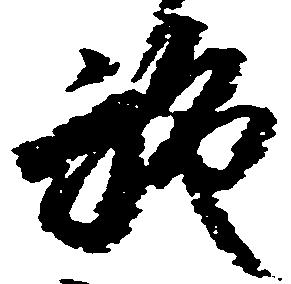
施